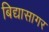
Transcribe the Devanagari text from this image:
बिद्यासागर